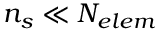
\ensuremath { n _ { s } } \ll \ensuremath { N _ { e l e m } }